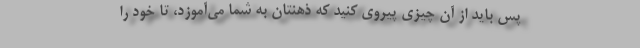
پس باید از آن چیزی پیروی کنید که ذهنتان به شما می‌آموزد، تا خود را